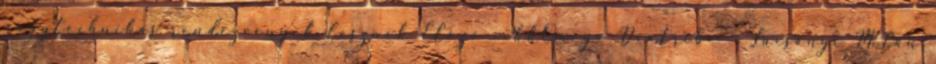
nagytechnikás rendezvények lesznek Előző cikkOmega Diatribe – Lucsányi Milán